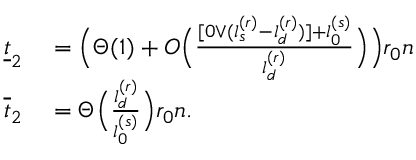
\begin{array} { r l } { \underline { { t } } _ { 2 } } & { { } = \Big ( \Theta ( 1 ) + O \Big ( \frac { [ 0 \vee ( l _ { s } ^ { ( r ) } - l _ { d } ^ { ( r ) } ) ] + l _ { 0 } ^ { ( s ) } } { l _ { d } ^ { ( r ) } } \Big ) \Big ) r _ { 0 } n } \\ { \overline { { t } } _ { 2 } } & { { } = \Theta \Big ( \frac { l _ { d } ^ { ( r ) } } { l _ { 0 } ^ { ( s ) } } \Big ) r _ { 0 } n . } \end{array}